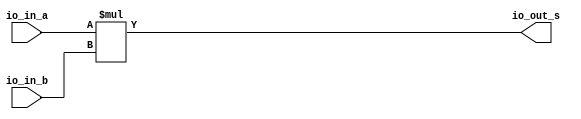
module multiplier(
  input  [23:0] io_in_a,
  input  [23:0] io_in_b,
  output [47:0] io_out_s
);
  assign io_out_s = io_in_a * io_in_b; // @[BinaryDesigns.scala 81:23]
endmodule
module full_subber(
  input  [7:0] io_in_a,
  input  [7:0] io_in_b,
  output [7:0] io_out_s,
  output       io_out_c
);
  wire [8:0] _result_T = io_in_a - io_in_b; // @[BinaryDesigns.scala 69:23]
  wire [9:0] _result_T_2 = _result_T - 9'h0; // @[BinaryDesigns.scala 69:34]
  wire [8:0] result = _result_T_2[8:0]; // @[BinaryDesigns.scala 68:22 69:12]
  assign io_out_s = result[7:0]; // @[BinaryDesigns.scala 70:23]
  assign io_out_c = result[8]; // @[BinaryDesigns.scala 71:23]
endmodule
module twoscomplement(
  input  [7:0] io_in,
  output [7:0] io_out
);
  wire [7:0] _x_T = ~io_in; // @[BinaryDesigns.scala 25:16]
  assign io_out = 8'h1 + _x_T; // @[BinaryDesigns.scala 25:14]
endmodule
module full_adder(
  input  [7:0] io_in_a,
  input  [7:0] io_in_b,
  output [7:0] io_out_s
);
  wire [8:0] _result_T = io_in_a + io_in_b; // @[BinaryDesigns.scala 55:23]
  wire [9:0] _result_T_1 = {{1'd0}, _result_T}; // @[BinaryDesigns.scala 55:34]
  wire [8:0] result = _result_T_1[8:0]; // @[BinaryDesigns.scala 54:22 55:12]
  assign io_out_s = result[7:0]; // @[BinaryDesigns.scala 56:23]
endmodule
module FP_multiplier(
  input         clock,
  input         reset,
  input  [31:0] io_in_a,
  input  [31:0] io_in_b,
  output [31:0] io_out_s
);
`ifdef RANDOMIZE_REG_INIT
  reg [31:0] _RAND_0;
`endif // RANDOMIZE_REG_INIT
  wire [23:0] multiplier_io_in_a; // @[FloatingPointDesigns.scala 289:28]
  wire [23:0] multiplier_io_in_b; // @[FloatingPointDesigns.scala 289:28]
  wire [47:0] multiplier_io_out_s; // @[FloatingPointDesigns.scala 289:28]
  wire [7:0] subber_io_in_a; // @[FloatingPointDesigns.scala 294:24]
  wire [7:0] subber_io_in_b; // @[FloatingPointDesigns.scala 294:24]
  wire [7:0] subber_io_out_s; // @[FloatingPointDesigns.scala 294:24]
  wire  subber_io_out_c; // @[FloatingPointDesigns.scala 294:24]
  wire [7:0] complementN_io_in; // @[FloatingPointDesigns.scala 300:29]
  wire [7:0] complementN_io_out; // @[FloatingPointDesigns.scala 300:29]
  wire [7:0] adderN_io_in_a; // @[FloatingPointDesigns.scala 304:24]
  wire [7:0] adderN_io_in_b; // @[FloatingPointDesigns.scala 304:24]
  wire [7:0] adderN_io_out_s; // @[FloatingPointDesigns.scala 304:24]
  wire  s_0 = io_in_a[31]; // @[FloatingPointDesigns.scala 254:20]
  wire  s_1 = io_in_b[31]; // @[FloatingPointDesigns.scala 255:20]
  wire [8:0] _T_2 = 9'h100 - 9'h2; // @[FloatingPointDesigns.scala 259:62]
  wire [8:0] _GEN_13 = {{1'd0}, io_in_a[30:23]}; // @[FloatingPointDesigns.scala 259:34]
  wire [8:0] _GEN_0 = _GEN_13 > _T_2 ? _T_2 : {{1'd0}, io_in_a[30:23]}; // @[FloatingPointDesigns.scala 259:68 260:14 262:14]
  wire [8:0] _GEN_14 = {{1'd0}, io_in_b[30:23]}; // @[FloatingPointDesigns.scala 264:34]
  wire [8:0] _GEN_1 = _GEN_14 > _T_2 ? _T_2 : {{1'd0}, io_in_b[30:23]}; // @[FloatingPointDesigns.scala 264:68 265:14 267:14]
  wire [22:0] exp_check_0 = {{15'd0}, io_in_a[30:23]}; // @[FloatingPointDesigns.scala 270:25 271:18]
  wire [22:0] _cond_holder_T_1 = exp_check_0 + 23'h1; // @[FloatingPointDesigns.scala 275:34]
  wire [22:0] exp_check_1 = {{15'd0}, io_in_b[30:23]}; // @[FloatingPointDesigns.scala 270:25 272:18]
  wire [22:0] _cond_holder_T_3 = 23'h7f - exp_check_1; // @[FloatingPointDesigns.scala 275:80]
  wire [22:0] _cond_holder_T_4 = ~_cond_holder_T_3; // @[FloatingPointDesigns.scala 275:42]
  wire [22:0] _cond_holder_T_6 = _cond_holder_T_1 + _cond_holder_T_4; // @[FloatingPointDesigns.scala 275:40]
  wire [22:0] frac_0 = io_in_a[22:0]; // @[FloatingPointDesigns.scala 279:23]
  wire [22:0] frac_1 = io_in_b[22:0]; // @[FloatingPointDesigns.scala 280:23]
  wire  new_s = s_0 ^ s_1; // @[FloatingPointDesigns.scala 311:19]
  wire [7:0] _new_exp_T_1 = adderN_io_out_s + 8'h1; // @[FloatingPointDesigns.scala 322:34]
  wire [22:0] _cond_holder_T_8 = exp_check_0 + 23'h2; // @[FloatingPointDesigns.scala 324:36]
  wire [22:0] _cond_holder_T_13 = _cond_holder_T_8 + _cond_holder_T_4; // @[FloatingPointDesigns.scala 324:42]
  wire [23:0] _new_mant_T_2 = {multiplier_io_out_s[46:24], 1'h0}; // @[FloatingPointDesigns.scala 330:73]
  wire [7:0] _GEN_2 = multiplier_io_out_s[47] ? _new_exp_T_1 : adderN_io_out_s; // @[FloatingPointDesigns.scala 321:60 322:15 327:15]
  wire [22:0] cond_holder = multiplier_io_out_s[47] ? _cond_holder_T_13 : _cond_holder_T_6; // @[FloatingPointDesigns.scala 321:60 324:19 329:19]
  wire [23:0] _GEN_5 = multiplier_io_out_s[47] ? {{1'd0}, multiplier_io_out_s[46:24]} : _new_mant_T_2; // @[FloatingPointDesigns.scala 321:60 325:16 330:16]
  reg [31:0] reg_out_s; // @[FloatingPointDesigns.scala 332:28]
  wire [22:0] _T_12 = ~cond_holder; // @[FloatingPointDesigns.scala 334:51]
  wire [22:0] _T_14 = 23'h1 + _T_12; // @[FloatingPointDesigns.scala 334:49]
  wire [22:0] _GEN_15 = {{14'd0}, _T_2}; // @[FloatingPointDesigns.scala 334:42]
  wire [8:0] _GEN_6 = cond_holder > _GEN_15 ? _T_2 : {{1'd0}, _GEN_2}; // @[FloatingPointDesigns.scala 339:63 340:17]
  wire [8:0] _GEN_9 = _GEN_15 >= _T_14 ? 9'h1 : _GEN_6; // @[FloatingPointDesigns.scala 334:67 335:15]
  wire [7:0] new_exp = _GEN_9[7:0]; // @[FloatingPointDesigns.scala 314:23]
  wire [23:0] _new_mant_T_4 = 24'h800000 - 24'h1; // @[FloatingPointDesigns.scala 341:47]
  wire [23:0] _GEN_7 = cond_holder > _GEN_15 ? _new_mant_T_4 : _GEN_5; // @[FloatingPointDesigns.scala 339:63 341:18]
  wire [23:0] _GEN_10 = _GEN_15 >= _T_14 ? 24'h400000 : _GEN_7; // @[FloatingPointDesigns.scala 334:67 336:16]
  wire [22:0] new_mant = _GEN_10[22:0]; // @[FloatingPointDesigns.scala 316:24]
  wire [31:0] _reg_out_s_T_1 = {new_s,new_exp,new_mant}; // @[FloatingPointDesigns.scala 337:37]
  wire [7:0] exp_0 = _GEN_0[7:0]; // @[FloatingPointDesigns.scala 258:19]
  wire [7:0] exp_1 = _GEN_1[7:0]; // @[FloatingPointDesigns.scala 258:19]
  multiplier multiplier ( // @[FloatingPointDesigns.scala 289:28]
    .io_in_a(multiplier_io_in_a),
    .io_in_b(multiplier_io_in_b),
    .io_out_s(multiplier_io_out_s)
  );
  full_subber subber ( // @[FloatingPointDesigns.scala 294:24]
    .io_in_a(subber_io_in_a),
    .io_in_b(subber_io_in_b),
    .io_out_s(subber_io_out_s),
    .io_out_c(subber_io_out_c)
  );
  twoscomplement complementN ( // @[FloatingPointDesigns.scala 300:29]
    .io_in(complementN_io_in),
    .io_out(complementN_io_out)
  );
  full_adder adderN ( // @[FloatingPointDesigns.scala 304:24]
    .io_in_a(adderN_io_in_a),
    .io_in_b(adderN_io_in_b),
    .io_out_s(adderN_io_out_s)
  );
  assign io_out_s = reg_out_s; // @[FloatingPointDesigns.scala 349:14]
  assign multiplier_io_in_a = {1'h1,frac_0}; // @[FloatingPointDesigns.scala 284:24]
  assign multiplier_io_in_b = {1'h1,frac_1}; // @[FloatingPointDesigns.scala 285:24]
  assign subber_io_in_a = 8'h7f; // @[FloatingPointDesigns.scala 295:20]
  assign subber_io_in_b = _GEN_1[7:0]; // @[FloatingPointDesigns.scala 258:19]
  assign complementN_io_in = subber_io_out_s; // @[FloatingPointDesigns.scala 301:23]
  assign adderN_io_in_a = _GEN_0[7:0]; // @[FloatingPointDesigns.scala 258:19]
  assign adderN_io_in_b = complementN_io_out; // @[FloatingPointDesigns.scala 306:20]
  always @(posedge clock) begin
    if (reset) begin // @[FloatingPointDesigns.scala 332:28]
      reg_out_s <= 32'h0; // @[FloatingPointDesigns.scala 332:28]
    end else if (exp_0 == 8'h0 | exp_1 == 8'h0) begin // @[FloatingPointDesigns.scala 344:43]
      reg_out_s <= 32'h0; // @[FloatingPointDesigns.scala 345:17]
    end else begin
      reg_out_s <= _reg_out_s_T_1; // @[FloatingPointDesigns.scala 347:17]
    end
  end
// Register and memory initialization
`ifdef RANDOMIZE_GARBAGE_ASSIGN
`define RANDOMIZE
`endif
`ifdef RANDOMIZE_INVALID_ASSIGN
`define RANDOMIZE
`endif
`ifdef RANDOMIZE_REG_INIT
`define RANDOMIZE
`endif
`ifdef RANDOMIZE_MEM_INIT
`define RANDOMIZE
`endif
`ifndef RANDOM
`define RANDOM $random
`endif
`ifdef RANDOMIZE_MEM_INIT
  integer initvar;
`endif
`ifndef SYNTHESIS
`ifdef FIRRTL_BEFORE_INITIAL
`FIRRTL_BEFORE_INITIAL
`endif
initial begin
  `ifdef RANDOMIZE
    `ifdef INIT_RANDOM
      `INIT_RANDOM
    `endif
    `ifndef VERILATOR
      `ifdef RANDOMIZE_DELAY
        #`RANDOMIZE_DELAY begin end
      `else
        #0.002 begin end
      `endif
    `endif
`ifdef RANDOMIZE_REG_INIT
  _RAND_0 = {1{`RANDOM}};
  reg_out_s = _RAND_0[31:0];
`endif // RANDOMIZE_REG_INIT
  `endif // RANDOMIZE
end // initial
`ifdef FIRRTL_AFTER_INITIAL
`FIRRTL_AFTER_INITIAL
`endif
`endif // SYNTHESIS
endmodule
module full_adder_2(
  input  [23:0] io_in_a,
  input  [23:0] io_in_b,
  output [23:0] io_out_s,
  output        io_out_c
);
  wire [24:0] _result_T = io_in_a + io_in_b; // @[BinaryDesigns.scala 55:23]
  wire [25:0] _result_T_1 = {{1'd0}, _result_T}; // @[BinaryDesigns.scala 55:34]
  wire [24:0] result = _result_T_1[24:0]; // @[BinaryDesigns.scala 54:22 55:12]
  assign io_out_s = result[23:0]; // @[BinaryDesigns.scala 56:23]
  assign io_out_c = result[24]; // @[BinaryDesigns.scala 57:23]
endmodule
module twoscomplement_3(
  input  [23:0] io_in,
  output [23:0] io_out
);
  wire [23:0] _x_T = ~io_in; // @[BinaryDesigns.scala 25:16]
  assign io_out = 24'h1 + _x_T; // @[BinaryDesigns.scala 25:14]
endmodule
module shifter(
  input  [23:0] io_in_a,
  input  [4:0]  io_in_b,
  output [23:0] io_out_s
);
  wire [23:0] _result_T = io_in_a >> io_in_b; // @[BinaryDesigns.scala 39:25]
  wire [54:0] _GEN_0 = {{31'd0}, _result_T}; // @[BinaryDesigns.scala 38:26 39:14 41:14]
  assign io_out_s = _GEN_0[23:0]; // @[BinaryDesigns.scala 36:22]
endmodule
module leadingOneDetector(
  input  [23:0] io_in,
  output [4:0]  io_out
);
  wire [1:0] _hotValue_T = io_in[1] ? 2'h2 : 2'h1; // @[Mux.scala 47:70]
  wire [1:0] _hotValue_T_1 = io_in[2] ? 2'h3 : _hotValue_T; // @[Mux.scala 47:70]
  wire [2:0] _hotValue_T_2 = io_in[3] ? 3'h4 : {{1'd0}, _hotValue_T_1}; // @[Mux.scala 47:70]
  wire [2:0] _hotValue_T_3 = io_in[4] ? 3'h5 : _hotValue_T_2; // @[Mux.scala 47:70]
  wire [2:0] _hotValue_T_4 = io_in[5] ? 3'h6 : _hotValue_T_3; // @[Mux.scala 47:70]
  wire [2:0] _hotValue_T_5 = io_in[6] ? 3'h7 : _hotValue_T_4; // @[Mux.scala 47:70]
  wire [3:0] _hotValue_T_6 = io_in[7] ? 4'h8 : {{1'd0}, _hotValue_T_5}; // @[Mux.scala 47:70]
  wire [3:0] _hotValue_T_7 = io_in[8] ? 4'h9 : _hotValue_T_6; // @[Mux.scala 47:70]
  wire [3:0] _hotValue_T_8 = io_in[9] ? 4'ha : _hotValue_T_7; // @[Mux.scala 47:70]
  wire [3:0] _hotValue_T_9 = io_in[10] ? 4'hb : _hotValue_T_8; // @[Mux.scala 47:70]
  wire [3:0] _hotValue_T_10 = io_in[11] ? 4'hc : _hotValue_T_9; // @[Mux.scala 47:70]
  wire [3:0] _hotValue_T_11 = io_in[12] ? 4'hd : _hotValue_T_10; // @[Mux.scala 47:70]
  wire [3:0] _hotValue_T_12 = io_in[13] ? 4'he : _hotValue_T_11; // @[Mux.scala 47:70]
  wire [3:0] _hotValue_T_13 = io_in[14] ? 4'hf : _hotValue_T_12; // @[Mux.scala 47:70]
  wire [4:0] _hotValue_T_14 = io_in[15] ? 5'h10 : {{1'd0}, _hotValue_T_13}; // @[Mux.scala 47:70]
  wire [4:0] _hotValue_T_15 = io_in[16] ? 5'h11 : _hotValue_T_14; // @[Mux.scala 47:70]
  wire [4:0] _hotValue_T_16 = io_in[17] ? 5'h12 : _hotValue_T_15; // @[Mux.scala 47:70]
  wire [4:0] _hotValue_T_17 = io_in[18] ? 5'h13 : _hotValue_T_16; // @[Mux.scala 47:70]
  wire [4:0] _hotValue_T_18 = io_in[19] ? 5'h14 : _hotValue_T_17; // @[Mux.scala 47:70]
  wire [4:0] _hotValue_T_19 = io_in[20] ? 5'h15 : _hotValue_T_18; // @[Mux.scala 47:70]
  wire [4:0] _hotValue_T_20 = io_in[21] ? 5'h16 : _hotValue_T_19; // @[Mux.scala 47:70]
  wire [4:0] _hotValue_T_21 = io_in[22] ? 5'h17 : _hotValue_T_20; // @[Mux.scala 47:70]
  assign io_out = io_in[23] ? 5'h18 : _hotValue_T_21; // @[Mux.scala 47:70]
endmodule
module FP_adder(
  input         clock,
  input         reset,
  input  [31:0] io_in_b,
  output [31:0] io_out_s
);
`ifdef RANDOMIZE_REG_INIT
  reg [31:0] _RAND_0;
`endif // RANDOMIZE_REG_INIT
  wire [7:0] subber_io_in_a; // @[FloatingPointDesigns.scala 78:24]
  wire [7:0] subber_io_in_b; // @[FloatingPointDesigns.scala 78:24]
  wire [7:0] subber_io_out_s; // @[FloatingPointDesigns.scala 78:24]
  wire  subber_io_out_c; // @[FloatingPointDesigns.scala 78:24]
  wire [7:0] complement_io_in; // @[FloatingPointDesigns.scala 84:28]
  wire [7:0] complement_io_out; // @[FloatingPointDesigns.scala 84:28]
  wire [23:0] adder_io_in_a; // @[FloatingPointDesigns.scala 88:23]
  wire [23:0] adder_io_in_b; // @[FloatingPointDesigns.scala 88:23]
  wire [23:0] adder_io_out_s; // @[FloatingPointDesigns.scala 88:23]
  wire  adder_io_out_c; // @[FloatingPointDesigns.scala 88:23]
  wire [23:0] complementN_0_io_in; // @[FloatingPointDesigns.scala 94:31]
  wire [23:0] complementN_0_io_out; // @[FloatingPointDesigns.scala 94:31]
  wire [23:0] complementN_1_io_in; // @[FloatingPointDesigns.scala 96:31]
  wire [23:0] complementN_1_io_out; // @[FloatingPointDesigns.scala 96:31]
  wire [23:0] shifter_io_in_a; // @[FloatingPointDesigns.scala 100:25]
  wire [4:0] shifter_io_in_b; // @[FloatingPointDesigns.scala 100:25]
  wire [23:0] shifter_io_out_s; // @[FloatingPointDesigns.scala 100:25]
  wire [23:0] complementN_2_io_in; // @[FloatingPointDesigns.scala 145:31]
  wire [23:0] complementN_2_io_out; // @[FloatingPointDesigns.scala 145:31]
  wire [23:0] leadingOneFinder_io_in; // @[FloatingPointDesigns.scala 165:34]
  wire [4:0] leadingOneFinder_io_out; // @[FloatingPointDesigns.scala 165:34]
  wire [7:0] subber2_io_in_a; // @[FloatingPointDesigns.scala 167:25]
  wire [7:0] subber2_io_in_b; // @[FloatingPointDesigns.scala 167:25]
  wire [7:0] subber2_io_out_s; // @[FloatingPointDesigns.scala 167:25]
  wire  subber2_io_out_c; // @[FloatingPointDesigns.scala 167:25]
  wire  sign_1 = io_in_b[31]; // @[FloatingPointDesigns.scala 41:23]
  wire [8:0] _T_2 = 9'h100 - 9'h2; // @[FloatingPointDesigns.scala 45:62]
  wire [8:0] _GEN_0 = 9'h7f > _T_2 ? _T_2 : 9'h7f; // @[FloatingPointDesigns.scala 45:68 46:14 48:14]
  wire [8:0] _GEN_31 = {{1'd0}, io_in_b[30:23]}; // @[FloatingPointDesigns.scala 50:34]
  wire [8:0] _GEN_1 = _GEN_31 > _T_2 ? _T_2 : {{1'd0}, io_in_b[30:23]}; // @[FloatingPointDesigns.scala 50:68 51:14 53:14]
  wire [22:0] frac_1 = io_in_b[22:0]; // @[FloatingPointDesigns.scala 59:23]
  wire [23:0] whole_frac_1 = {1'h1,frac_1}; // @[FloatingPointDesigns.scala 64:26]
  wire [7:0] exp_1 = _GEN_1[7:0]; // @[FloatingPointDesigns.scala 44:19]
  wire [7:0] exp_0 = _GEN_0[7:0]; // @[FloatingPointDesigns.scala 44:19]
  wire [7:0] out_exp = subber_io_out_c ? exp_1 : exp_0; // @[FloatingPointDesigns.scala 106:34 107:15 117:15]
  wire [7:0] sub_exp = subber_io_out_c ? complement_io_out : subber_io_out_s; // @[FloatingPointDesigns.scala 106:34 108:15 118:15]
  wire  out_s = subber_io_out_c & sign_1; // @[FloatingPointDesigns.scala 106:34 109:13 119:13]
  wire [22:0] out_frac = subber_io_out_c ? frac_1 : 23'h400000; // @[FloatingPointDesigns.scala 106:34 110:16 120:16]
  wire [23:0] _GEN_9 = subber_io_out_c ? whole_frac_1 : shifter_io_out_s; // @[FloatingPointDesigns.scala 106:34 90:19 124:21]
  wire  _T_10 = ~sign_1; // @[FloatingPointDesigns.scala 129:37]
  wire  _new_s_T = ~adder_io_out_c; // @[FloatingPointDesigns.scala 140:15]
  wire  D = _new_s_T | sign_1; // @[FloatingPointDesigns.scala 153:28]
  wire  E = _new_s_T & ~adder_io_out_s[23] | _new_s_T & _T_10 | adder_io_out_c & adder_io_out_s[23] & sign_1; // @[FloatingPointDesigns.scala 156:99]
  wire  new_s = sub_exp >= 8'h17 ? out_s : ~adder_io_out_c & sign_1; // @[FloatingPointDesigns.scala 140:11 175:39 176:13]
  wire [23:0] adder_result = new_s & sign_1 ? complementN_2_io_out : adder_io_out_s; // @[FloatingPointDesigns.scala 159:18 160:47 161:20]
  wire [4:0] _subber2_io_in_b_T_1 = 5'h18 - leadingOneFinder_io_out; // @[FloatingPointDesigns.scala 169:42]
  wire [8:0] _GEN_32 = {{1'd0}, out_exp}; // @[FloatingPointDesigns.scala 183:20]
  wire [23:0] _new_out_frac_T_2 = 24'h800000 - 24'h1; // @[FloatingPointDesigns.scala 185:51]
  wire [7:0] _new_out_exp_T_3 = out_exp + 8'h1; // @[FloatingPointDesigns.scala 187:32]
  wire [8:0] _GEN_13 = _GEN_32 == _T_2 ? _T_2 : {{1'd0}, _new_out_exp_T_3}; // @[FloatingPointDesigns.scala 183:56 184:21 187:21]
  wire [23:0] _GEN_14 = _GEN_32 == _T_2 ? _new_out_frac_T_2 : {{1'd0}, adder_result[23:1]}; // @[FloatingPointDesigns.scala 183:56 185:22 188:22]
  wire [53:0] _GEN_2 = {{31'd0}, adder_result[22:0]}; // @[FloatingPointDesigns.scala 199:57]
  wire [53:0] _new_out_frac_T_7 = _GEN_2 << _subber2_io_in_b_T_1; // @[FloatingPointDesigns.scala 199:57]
  wire [7:0] _GEN_15 = subber2_io_out_c ? 8'h1 : subber2_io_out_s; // @[FloatingPointDesigns.scala 194:39 195:23 198:23]
  wire [53:0] _GEN_16 = subber2_io_out_c ? 54'h400000 : _new_out_frac_T_7; // @[FloatingPointDesigns.scala 194:39 196:24 199:24]
  wire [7:0] _GEN_17 = leadingOneFinder_io_out == 5'h1 & adder_result == 24'h0 & (sign_1 & 31'h3fc00000 == io_in_b[30:0]
    ) ? 8'h0 : _GEN_15; // @[FloatingPointDesigns.scala 191:141 192:21]
  wire [53:0] _GEN_18 = leadingOneFinder_io_out == 5'h1 & adder_result == 24'h0 & (sign_1 & 31'h3fc00000 == io_in_b[30:0
    ]) ? 54'h0 : _GEN_16; // @[FloatingPointDesigns.scala 191:141 141:18]
  wire [7:0] _GEN_19 = D ? _GEN_17 : 8'h0; // @[FloatingPointDesigns.scala 142:17 190:26]
  wire [53:0] _GEN_20 = D ? _GEN_18 : 54'h0; // @[FloatingPointDesigns.scala 141:18 190:26]
  wire [8:0] _GEN_21 = ~D ? _GEN_13 : {{1'd0}, _GEN_19}; // @[FloatingPointDesigns.scala 182:26]
  wire [53:0] _GEN_22 = ~D ? {{30'd0}, _GEN_14} : _GEN_20; // @[FloatingPointDesigns.scala 182:26]
  wire [8:0] _GEN_23 = E ? {{1'd0}, out_exp} : _GEN_21; // @[FloatingPointDesigns.scala 179:26 180:19]
  wire [53:0] _GEN_24 = E ? {{31'd0}, adder_result[22:0]} : _GEN_22; // @[FloatingPointDesigns.scala 179:26 181:20]
  wire [53:0] _GEN_26 = sub_exp >= 8'h17 ? {{31'd0}, out_frac} : _GEN_24; // @[FloatingPointDesigns.scala 175:39 177:20]
  wire [8:0] _GEN_27 = sub_exp >= 8'h17 ? {{1'd0}, out_exp} : _GEN_23; // @[FloatingPointDesigns.scala 175:39 178:19]
  reg [31:0] reg_out_s; // @[FloatingPointDesigns.scala 203:28]
  wire [7:0] new_out_exp = _GEN_27[7:0]; // @[FloatingPointDesigns.scala 139:27]
  wire [22:0] new_out_frac = _GEN_26[22:0]; // @[FloatingPointDesigns.scala 138:28]
  wire [31:0] _reg_out_s_T_1 = {new_s,new_out_exp,new_out_frac}; // @[FloatingPointDesigns.scala 205:39]
  full_subber subber ( // @[FloatingPointDesigns.scala 78:24]
    .io_in_a(subber_io_in_a),
    .io_in_b(subber_io_in_b),
    .io_out_s(subber_io_out_s),
    .io_out_c(subber_io_out_c)
  );
  twoscomplement complement ( // @[FloatingPointDesigns.scala 84:28]
    .io_in(complement_io_in),
    .io_out(complement_io_out)
  );
  full_adder_2 adder ( // @[FloatingPointDesigns.scala 88:23]
    .io_in_a(adder_io_in_a),
    .io_in_b(adder_io_in_b),
    .io_out_s(adder_io_out_s),
    .io_out_c(adder_io_out_c)
  );
  twoscomplement_3 complementN_0 ( // @[FloatingPointDesigns.scala 94:31]
    .io_in(complementN_0_io_in),
    .io_out(complementN_0_io_out)
  );
  twoscomplement_3 complementN_1 ( // @[FloatingPointDesigns.scala 96:31]
    .io_in(complementN_1_io_in),
    .io_out(complementN_1_io_out)
  );
  shifter shifter ( // @[FloatingPointDesigns.scala 100:25]
    .io_in_a(shifter_io_in_a),
    .io_in_b(shifter_io_in_b),
    .io_out_s(shifter_io_out_s)
  );
  twoscomplement_3 complementN_2 ( // @[FloatingPointDesigns.scala 145:31]
    .io_in(complementN_2_io_in),
    .io_out(complementN_2_io_out)
  );
  leadingOneDetector leadingOneFinder ( // @[FloatingPointDesigns.scala 165:34]
    .io_in(leadingOneFinder_io_in),
    .io_out(leadingOneFinder_io_out)
  );
  full_subber subber2 ( // @[FloatingPointDesigns.scala 167:25]
    .io_in_a(subber2_io_in_a),
    .io_in_b(subber2_io_in_b),
    .io_out_s(subber2_io_out_s),
    .io_out_c(subber2_io_out_c)
  );
  assign io_out_s = reg_out_s; // @[FloatingPointDesigns.scala 207:14]
  assign subber_io_in_a = _GEN_0[7:0]; // @[FloatingPointDesigns.scala 44:19]
  assign subber_io_in_b = _GEN_1[7:0]; // @[FloatingPointDesigns.scala 44:19]
  assign complement_io_in = subber_io_out_s; // @[FloatingPointDesigns.scala 85:22]
  assign adder_io_in_a = subber_io_out_c ? shifter_io_out_s : 24'hc00000; // @[FloatingPointDesigns.scala 106:34 114:21 89:19]
  assign adder_io_in_b = sign_1 ? complementN_1_io_out : _GEN_9; // @[FloatingPointDesigns.scala 133:45 134:21]
  assign complementN_0_io_in = subber_io_out_c ? shifter_io_out_s : 24'hc00000; // @[FloatingPointDesigns.scala 106:34 114:21 89:19]
  assign complementN_1_io_in = subber_io_out_c ? whole_frac_1 : shifter_io_out_s; // @[FloatingPointDesigns.scala 106:34 90:19 124:21]
  assign shifter_io_in_a = subber_io_out_c ? 24'hc00000 : whole_frac_1; // @[FloatingPointDesigns.scala 106:34 111:23 121:23]
  assign shifter_io_in_b = sub_exp[4:0];
  assign complementN_2_io_in = adder_io_out_s; // @[FloatingPointDesigns.scala 146:25]
  assign leadingOneFinder_io_in = new_s & sign_1 ? complementN_2_io_out : adder_io_out_s; // @[FloatingPointDesigns.scala 159:18 160:47 161:20]
  assign subber2_io_in_a = subber_io_out_c ? exp_1 : exp_0; // @[FloatingPointDesigns.scala 106:34 107:15 117:15]
  assign subber2_io_in_b = {{3'd0}, _subber2_io_in_b_T_1}; // @[FloatingPointDesigns.scala 169:21]
  always @(posedge clock) begin
    if (reset) begin // @[FloatingPointDesigns.scala 203:28]
      reg_out_s <= 32'h0; // @[FloatingPointDesigns.scala 203:28]
    end else begin
      reg_out_s <= _reg_out_s_T_1; // @[FloatingPointDesigns.scala 205:15]
    end
  end
// Register and memory initialization
`ifdef RANDOMIZE_GARBAGE_ASSIGN
`define RANDOMIZE
`endif
`ifdef RANDOMIZE_INVALID_ASSIGN
`define RANDOMIZE
`endif
`ifdef RANDOMIZE_REG_INIT
`define RANDOMIZE
`endif
`ifdef RANDOMIZE_MEM_INIT
`define RANDOMIZE
`endif
`ifndef RANDOM
`define RANDOM $random
`endif
`ifdef RANDOMIZE_MEM_INIT
  integer initvar;
`endif
`ifndef SYNTHESIS
`ifdef FIRRTL_BEFORE_INITIAL
`FIRRTL_BEFORE_INITIAL
`endif
initial begin
  `ifdef RANDOMIZE
    `ifdef INIT_RANDOM
      `INIT_RANDOM
    `endif
    `ifndef VERILATOR
      `ifdef RANDOMIZE_DELAY
        #`RANDOMIZE_DELAY begin end
      `else
        #0.002 begin end
      `endif
    `endif
`ifdef RANDOMIZE_REG_INIT
  _RAND_0 = {1{`RANDOM}};
  reg_out_s = _RAND_0[31:0];
`endif // RANDOMIZE_REG_INIT
  `endif // RANDOMIZE
end // initial
`ifdef FIRRTL_AFTER_INITIAL
`FIRRTL_AFTER_INITIAL
`endif
`endif // SYNTHESIS
endmodule
module FP_subber(
  input         clock,
  input         reset,
  input  [31:0] io_in_b,
  output [31:0] io_out_s
);
  wire  FP_adder_clock; // @[FloatingPointDesigns.scala 219:26]
  wire  FP_adder_reset; // @[FloatingPointDesigns.scala 219:26]
  wire [31:0] FP_adder_io_in_b; // @[FloatingPointDesigns.scala 219:26]
  wire [31:0] FP_adder_io_out_s; // @[FloatingPointDesigns.scala 219:26]
  wire  _adjusted_in_b_T_1 = ~io_in_b[31]; // @[FloatingPointDesigns.scala 222:23]
  FP_adder FP_adder ( // @[FloatingPointDesigns.scala 219:26]
    .clock(FP_adder_clock),
    .reset(FP_adder_reset),
    .io_in_b(FP_adder_io_in_b),
    .io_out_s(FP_adder_io_out_s)
  );
  assign io_out_s = FP_adder_io_out_s; // @[FloatingPointDesigns.scala 225:14]
  assign FP_adder_clock = clock;
  assign FP_adder_reset = reset;
  assign FP_adder_io_in_b = {_adjusted_in_b_T_1,io_in_b[30:0]}; // @[FloatingPointDesigns.scala 222:39]
endmodule
module FP_reciprocal(
  input         clock,
  input         reset,
  input  [31:0] io_in_a,
  output [31:0] io_out_s
);
`ifdef RANDOMIZE_REG_INIT
  reg [31:0] _RAND_0;
  reg [31:0] _RAND_1;
  reg [31:0] _RAND_2;
  reg [31:0] _RAND_3;
  reg [31:0] _RAND_4;
  reg [31:0] _RAND_5;
  reg [31:0] _RAND_6;
  reg [31:0] _RAND_7;
  reg [31:0] _RAND_8;
  reg [31:0] _RAND_9;
  reg [31:0] _RAND_10;
  reg [31:0] _RAND_11;
  reg [31:0] _RAND_12;
  reg [31:0] _RAND_13;
  reg [31:0] _RAND_14;
  reg [31:0] _RAND_15;
  reg [31:0] _RAND_16;
  reg [31:0] _RAND_17;
  reg [31:0] _RAND_18;
  reg [31:0] _RAND_19;
`endif // RANDOMIZE_REG_INIT
  wire  multiplier1_clock; // @[FloatingPointDesigns.scala 413:29]
  wire  multiplier1_reset; // @[FloatingPointDesigns.scala 413:29]
  wire [31:0] multiplier1_io_in_a; // @[FloatingPointDesigns.scala 413:29]
  wire [31:0] multiplier1_io_in_b; // @[FloatingPointDesigns.scala 413:29]
  wire [31:0] multiplier1_io_out_s; // @[FloatingPointDesigns.scala 413:29]
  wire  multiplier2_clock; // @[FloatingPointDesigns.scala 423:29]
  wire  multiplier2_reset; // @[FloatingPointDesigns.scala 423:29]
  wire [31:0] multiplier2_io_in_a; // @[FloatingPointDesigns.scala 423:29]
  wire [31:0] multiplier2_io_in_b; // @[FloatingPointDesigns.scala 423:29]
  wire [31:0] multiplier2_io_out_s; // @[FloatingPointDesigns.scala 423:29]
  wire  sub_clock; // @[FloatingPointDesigns.scala 434:21]
  wire  sub_reset; // @[FloatingPointDesigns.scala 434:21]
  wire [31:0] sub_io_in_b; // @[FloatingPointDesigns.scala 434:21]
  wire [31:0] sub_io_out_s; // @[FloatingPointDesigns.scala 434:21]
  wire  multiplier3_clock; // @[FloatingPointDesigns.scala 442:29]
  wire  multiplier3_reset; // @[FloatingPointDesigns.scala 442:29]
  wire [31:0] multiplier3_io_in_a; // @[FloatingPointDesigns.scala 442:29]
  wire [31:0] multiplier3_io_in_b; // @[FloatingPointDesigns.scala 442:29]
  wire [31:0] multiplier3_io_out_s; // @[FloatingPointDesigns.scala 442:29]
  wire  multiplier5_clock; // @[FloatingPointDesigns.scala 453:29]
  wire  multiplier5_reset; // @[FloatingPointDesigns.scala 453:29]
  wire [31:0] multiplier5_io_in_a; // @[FloatingPointDesigns.scala 453:29]
  wire [31:0] multiplier5_io_in_b; // @[FloatingPointDesigns.scala 453:29]
  wire [31:0] multiplier5_io_out_s; // @[FloatingPointDesigns.scala 453:29]
  wire  multiplier6_clock; // @[FloatingPointDesigns.scala 462:29]
  wire  multiplier6_reset; // @[FloatingPointDesigns.scala 462:29]
  wire [31:0] multiplier6_io_in_a; // @[FloatingPointDesigns.scala 462:29]
  wire [31:0] multiplier6_io_in_b; // @[FloatingPointDesigns.scala 462:29]
  wire [31:0] multiplier6_io_out_s; // @[FloatingPointDesigns.scala 462:29]
  wire  sub2_clock; // @[FloatingPointDesigns.scala 471:22]
  wire  sub2_reset; // @[FloatingPointDesigns.scala 471:22]
  wire [31:0] sub2_io_in_b; // @[FloatingPointDesigns.scala 471:22]
  wire [31:0] sub2_io_out_s; // @[FloatingPointDesigns.scala 471:22]
  wire  multiplier7_clock; // @[FloatingPointDesigns.scala 480:29]
  wire  multiplier7_reset; // @[FloatingPointDesigns.scala 480:29]
  wire [31:0] multiplier7_io_in_a; // @[FloatingPointDesigns.scala 480:29]
  wire [31:0] multiplier7_io_in_b; // @[FloatingPointDesigns.scala 480:29]
  wire [31:0] multiplier7_io_out_s; // @[FloatingPointDesigns.scala 480:29]
  wire  multiplier4_clock; // @[FloatingPointDesigns.scala 487:29]
  wire  multiplier4_reset; // @[FloatingPointDesigns.scala 487:29]
  wire [31:0] multiplier4_io_in_a; // @[FloatingPointDesigns.scala 487:29]
  wire [31:0] multiplier4_io_in_b; // @[FloatingPointDesigns.scala 487:29]
  wire [31:0] multiplier4_io_out_s; // @[FloatingPointDesigns.scala 487:29]
  wire [30:0] _number_T_1 = {{1'd0}, io_in_a[30:1]}; // @[FloatingPointDesigns.scala 390:36]
  wire [30:0] _GEN_0 = io_in_a[30:0] > 31'h7ef477d4 ? 31'h3f7a3bea : _number_T_1; // @[FloatingPointDesigns.scala 387:46 388:14 390:14]
  wire [31:0] number = {{1'd0}, _GEN_0}; // @[FloatingPointDesigns.scala 384:22]
  wire [31:0] result = 32'h5f3759df - number; // @[FloatingPointDesigns.scala 398:25]
  wire [7:0] exp = io_in_a[30:23] - 8'h1; // @[FloatingPointDesigns.scala 401:38]
  wire [31:0] half_input = {io_in_a[31],exp,io_in_a[22:0]}; // @[FloatingPointDesigns.scala 404:42]
  reg [31:0] half_input_reg_1; // @[FloatingPointDesigns.scala 406:35]
  reg [31:0] result_reg_1; // @[FloatingPointDesigns.scala 408:31]
  reg [31:0] input_reg_1; // @[FloatingPointDesigns.scala 410:30]
  reg [31:0] half_input_reg_2; // @[FloatingPointDesigns.scala 417:35]
  reg [31:0] result_reg_2; // @[FloatingPointDesigns.scala 419:31]
  reg [31:0] input_reg_2; // @[FloatingPointDesigns.scala 421:30]
  reg [31:0] half_input_reg_3; // @[FloatingPointDesigns.scala 428:35]
  reg [31:0] result_reg_3; // @[FloatingPointDesigns.scala 430:31]
  reg [31:0] input_reg_3; // @[FloatingPointDesigns.scala 432:30]
  reg [31:0] half_input_reg_4; // @[FloatingPointDesigns.scala 438:35]
  reg [31:0] input_reg_4; // @[FloatingPointDesigns.scala 440:30]
  reg [31:0] mult3_reg_1; // @[FloatingPointDesigns.scala 447:30]
  reg [31:0] half_input_reg_5; // @[FloatingPointDesigns.scala 449:35]
  reg [31:0] input_reg_5; // @[FloatingPointDesigns.scala 451:30]
  reg [31:0] mult3_reg_2; // @[FloatingPointDesigns.scala 458:30]
  reg [31:0] input_reg_6; // @[FloatingPointDesigns.scala 460:30]
  reg [31:0] mult3_reg_3; // @[FloatingPointDesigns.scala 467:30]
  reg [31:0] input_reg_7; // @[FloatingPointDesigns.scala 469:30]
  reg [31:0] input_reg_8; // @[FloatingPointDesigns.scala 478:30]
  reg [31:0] input_reg_9; // @[FloatingPointDesigns.scala 484:30]
  FP_multiplier multiplier1 ( // @[FloatingPointDesigns.scala 413:29]
    .clock(multiplier1_clock),
    .reset(multiplier1_reset),
    .io_in_a(multiplier1_io_in_a),
    .io_in_b(multiplier1_io_in_b),
    .io_out_s(multiplier1_io_out_s)
  );
  FP_multiplier multiplier2 ( // @[FloatingPointDesigns.scala 423:29]
    .clock(multiplier2_clock),
    .reset(multiplier2_reset),
    .io_in_a(multiplier2_io_in_a),
    .io_in_b(multiplier2_io_in_b),
    .io_out_s(multiplier2_io_out_s)
  );
  FP_subber sub ( // @[FloatingPointDesigns.scala 434:21]
    .clock(sub_clock),
    .reset(sub_reset),
    .io_in_b(sub_io_in_b),
    .io_out_s(sub_io_out_s)
  );
  FP_multiplier multiplier3 ( // @[FloatingPointDesigns.scala 442:29]
    .clock(multiplier3_clock),
    .reset(multiplier3_reset),
    .io_in_a(multiplier3_io_in_a),
    .io_in_b(multiplier3_io_in_b),
    .io_out_s(multiplier3_io_out_s)
  );
  FP_multiplier multiplier5 ( // @[FloatingPointDesigns.scala 453:29]
    .clock(multiplier5_clock),
    .reset(multiplier5_reset),
    .io_in_a(multiplier5_io_in_a),
    .io_in_b(multiplier5_io_in_b),
    .io_out_s(multiplier5_io_out_s)
  );
  FP_multiplier multiplier6 ( // @[FloatingPointDesigns.scala 462:29]
    .clock(multiplier6_clock),
    .reset(multiplier6_reset),
    .io_in_a(multiplier6_io_in_a),
    .io_in_b(multiplier6_io_in_b),
    .io_out_s(multiplier6_io_out_s)
  );
  FP_subber sub2 ( // @[FloatingPointDesigns.scala 471:22]
    .clock(sub2_clock),
    .reset(sub2_reset),
    .io_in_b(sub2_io_in_b),
    .io_out_s(sub2_io_out_s)
  );
  FP_multiplier multiplier7 ( // @[FloatingPointDesigns.scala 480:29]
    .clock(multiplier7_clock),
    .reset(multiplier7_reset),
    .io_in_a(multiplier7_io_in_a),
    .io_in_b(multiplier7_io_in_b),
    .io_out_s(multiplier7_io_out_s)
  );
  FP_multiplier multiplier4 ( // @[FloatingPointDesigns.scala 487:29]
    .clock(multiplier4_clock),
    .reset(multiplier4_reset),
    .io_in_a(multiplier4_io_in_a),
    .io_in_b(multiplier4_io_in_b),
    .io_out_s(multiplier4_io_out_s)
  );
  assign io_out_s = {input_reg_9[31],multiplier4_io_out_s[30:0]}; // @[FloatingPointDesigns.scala 490:37]
  assign multiplier1_clock = clock;
  assign multiplier1_reset = reset;
  assign multiplier1_io_in_a = {1'h0,result[30:0]}; // @[FloatingPointDesigns.scala 414:37]
  assign multiplier1_io_in_b = {1'h0,result[30:0]}; // @[FloatingPointDesigns.scala 415:37]
  assign multiplier2_clock = clock;
  assign multiplier2_reset = reset;
  assign multiplier2_io_in_a = multiplier1_io_out_s; // @[FloatingPointDesigns.scala 424:25]
  assign multiplier2_io_in_b = {1'h0,half_input_reg_1[30:0]}; // @[FloatingPointDesigns.scala 425:37]
  assign sub_clock = clock;
  assign sub_reset = reset;
  assign sub_io_in_b = multiplier2_io_out_s; // @[FloatingPointDesigns.scala 436:17]
  assign multiplier3_clock = clock;
  assign multiplier3_reset = reset;
  assign multiplier3_io_in_a = sub_io_out_s; // @[FloatingPointDesigns.scala 443:25]
  assign multiplier3_io_in_b = {1'h0,result_reg_3[30:0]}; // @[FloatingPointDesigns.scala 444:37]
  assign multiplier5_clock = clock;
  assign multiplier5_reset = reset;
  assign multiplier5_io_in_a = {1'h0,multiplier3_io_out_s[30:0]}; // @[FloatingPointDesigns.scala 454:37]
  assign multiplier5_io_in_b = {1'h0,multiplier3_io_out_s[30:0]}; // @[FloatingPointDesigns.scala 455:37]
  assign multiplier6_clock = clock;
  assign multiplier6_reset = reset;
  assign multiplier6_io_in_a = multiplier5_io_out_s; // @[FloatingPointDesigns.scala 463:25]
  assign multiplier6_io_in_b = {1'h0,half_input_reg_5[30:0]}; // @[FloatingPointDesigns.scala 464:37]
  assign sub2_clock = clock;
  assign sub2_reset = reset;
  assign sub2_io_in_b = multiplier6_io_out_s; // @[FloatingPointDesigns.scala 473:18]
  assign multiplier7_clock = clock;
  assign multiplier7_reset = reset;
  assign multiplier7_io_in_a = sub2_io_out_s; // @[FloatingPointDesigns.scala 481:25]
  assign multiplier7_io_in_b = {1'h0,mult3_reg_3[30:0]}; // @[FloatingPointDesigns.scala 482:37]
  assign multiplier4_clock = clock;
  assign multiplier4_reset = reset;
  assign multiplier4_io_in_a = {1'h0,multiplier7_io_out_s[30:0]}; // @[FloatingPointDesigns.scala 488:37]
  assign multiplier4_io_in_b = {1'h0,multiplier7_io_out_s[30:0]}; // @[FloatingPointDesigns.scala 489:37]
  always @(posedge clock) begin
    if (reset) begin // @[FloatingPointDesigns.scala 406:35]
      half_input_reg_1 <= 32'h0; // @[FloatingPointDesigns.scala 406:35]
    end else begin
      half_input_reg_1 <= half_input; // @[FloatingPointDesigns.scala 407:22]
    end
    if (reset) begin // @[FloatingPointDesigns.scala 408:31]
      result_reg_1 <= 32'h0; // @[FloatingPointDesigns.scala 408:31]
    end else begin
      result_reg_1 <= result; // @[FloatingPointDesigns.scala 409:18]
    end
    if (reset) begin // @[FloatingPointDesigns.scala 410:30]
      input_reg_1 <= 32'h0; // @[FloatingPointDesigns.scala 410:30]
    end else begin
      input_reg_1 <= io_in_a; // @[FloatingPointDesigns.scala 411:17]
    end
    if (reset) begin // @[FloatingPointDesigns.scala 417:35]
      half_input_reg_2 <= 32'h0; // @[FloatingPointDesigns.scala 417:35]
    end else begin
      half_input_reg_2 <= half_input_reg_1; // @[FloatingPointDesigns.scala 418:22]
    end
    if (reset) begin // @[FloatingPointDesigns.scala 419:31]
      result_reg_2 <= 32'h0; // @[FloatingPointDesigns.scala 419:31]
    end else begin
      result_reg_2 <= result_reg_1; // @[FloatingPointDesigns.scala 420:18]
    end
    if (reset) begin // @[FloatingPointDesigns.scala 421:30]
      input_reg_2 <= 32'h0; // @[FloatingPointDesigns.scala 421:30]
    end else begin
      input_reg_2 <= input_reg_1; // @[FloatingPointDesigns.scala 422:17]
    end
    if (reset) begin // @[FloatingPointDesigns.scala 428:35]
      half_input_reg_3 <= 32'h0; // @[FloatingPointDesigns.scala 428:35]
    end else begin
      half_input_reg_3 <= half_input_reg_2; // @[FloatingPointDesigns.scala 429:22]
    end
    if (reset) begin // @[FloatingPointDesigns.scala 430:31]
      result_reg_3 <= 32'h0; // @[FloatingPointDesigns.scala 430:31]
    end else begin
      result_reg_3 <= result_reg_2; // @[FloatingPointDesigns.scala 431:18]
    end
    if (reset) begin // @[FloatingPointDesigns.scala 432:30]
      input_reg_3 <= 32'h0; // @[FloatingPointDesigns.scala 432:30]
    end else begin
      input_reg_3 <= input_reg_2; // @[FloatingPointDesigns.scala 433:17]
    end
    if (reset) begin // @[FloatingPointDesigns.scala 438:35]
      half_input_reg_4 <= 32'h0; // @[FloatingPointDesigns.scala 438:35]
    end else begin
      half_input_reg_4 <= half_input_reg_3; // @[FloatingPointDesigns.scala 439:22]
    end
    if (reset) begin // @[FloatingPointDesigns.scala 440:30]
      input_reg_4 <= 32'h0; // @[FloatingPointDesigns.scala 440:30]
    end else begin
      input_reg_4 <= input_reg_3; // @[FloatingPointDesigns.scala 441:17]
    end
    if (reset) begin // @[FloatingPointDesigns.scala 447:30]
      mult3_reg_1 <= 32'h0; // @[FloatingPointDesigns.scala 447:30]
    end else begin
      mult3_reg_1 <= multiplier3_io_out_s; // @[FloatingPointDesigns.scala 448:17]
    end
    if (reset) begin // @[FloatingPointDesigns.scala 449:35]
      half_input_reg_5 <= 32'h0; // @[FloatingPointDesigns.scala 449:35]
    end else begin
      half_input_reg_5 <= half_input_reg_4; // @[FloatingPointDesigns.scala 450:22]
    end
    if (reset) begin // @[FloatingPointDesigns.scala 451:30]
      input_reg_5 <= 32'h0; // @[FloatingPointDesigns.scala 451:30]
    end else begin
      input_reg_5 <= input_reg_4; // @[FloatingPointDesigns.scala 452:17]
    end
    if (reset) begin // @[FloatingPointDesigns.scala 458:30]
      mult3_reg_2 <= 32'h0; // @[FloatingPointDesigns.scala 458:30]
    end else begin
      mult3_reg_2 <= mult3_reg_1; // @[FloatingPointDesigns.scala 459:17]
    end
    if (reset) begin // @[FloatingPointDesigns.scala 460:30]
      input_reg_6 <= 32'h0; // @[FloatingPointDesigns.scala 460:30]
    end else begin
      input_reg_6 <= input_reg_5; // @[FloatingPointDesigns.scala 461:17]
    end
    if (reset) begin // @[FloatingPointDesigns.scala 467:30]
      mult3_reg_3 <= 32'h0; // @[FloatingPointDesigns.scala 467:30]
    end else begin
      mult3_reg_3 <= mult3_reg_2; // @[FloatingPointDesigns.scala 468:17]
    end
    if (reset) begin // @[FloatingPointDesigns.scala 469:30]
      input_reg_7 <= 32'h0; // @[FloatingPointDesigns.scala 469:30]
    end else begin
      input_reg_7 <= input_reg_6; // @[FloatingPointDesigns.scala 470:17]
    end
    if (reset) begin // @[FloatingPointDesigns.scala 478:30]
      input_reg_8 <= 32'h0; // @[FloatingPointDesigns.scala 478:30]
    end else begin
      input_reg_8 <= input_reg_7; // @[FloatingPointDesigns.scala 479:17]
    end
    if (reset) begin // @[FloatingPointDesigns.scala 484:30]
      input_reg_9 <= 32'h0; // @[FloatingPointDesigns.scala 484:30]
    end else begin
      input_reg_9 <= input_reg_8; // @[FloatingPointDesigns.scala 485:17]
    end
  end
// Register and memory initialization
`ifdef RANDOMIZE_GARBAGE_ASSIGN
`define RANDOMIZE
`endif
`ifdef RANDOMIZE_INVALID_ASSIGN
`define RANDOMIZE
`endif
`ifdef RANDOMIZE_REG_INIT
`define RANDOMIZE
`endif
`ifdef RANDOMIZE_MEM_INIT
`define RANDOMIZE
`endif
`ifndef RANDOM
`define RANDOM $random
`endif
`ifdef RANDOMIZE_MEM_INIT
  integer initvar;
`endif
`ifndef SYNTHESIS
`ifdef FIRRTL_BEFORE_INITIAL
`FIRRTL_BEFORE_INITIAL
`endif
initial begin
  `ifdef RANDOMIZE
    `ifdef INIT_RANDOM
      `INIT_RANDOM
    `endif
    `ifndef VERILATOR
      `ifdef RANDOMIZE_DELAY
        #`RANDOMIZE_DELAY begin end
      `else
        #0.002 begin end
      `endif
    `endif
`ifdef RANDOMIZE_REG_INIT
  _RAND_0 = {1{`RANDOM}};
  half_input_reg_1 = _RAND_0[31:0];
  _RAND_1 = {1{`RANDOM}};
  result_reg_1 = _RAND_1[31:0];
  _RAND_2 = {1{`RANDOM}};
  input_reg_1 = _RAND_2[31:0];
  _RAND_3 = {1{`RANDOM}};
  half_input_reg_2 = _RAND_3[31:0];
  _RAND_4 = {1{`RANDOM}};
  result_reg_2 = _RAND_4[31:0];
  _RAND_5 = {1{`RANDOM}};
  input_reg_2 = _RAND_5[31:0];
  _RAND_6 = {1{`RANDOM}};
  half_input_reg_3 = _RAND_6[31:0];
  _RAND_7 = {1{`RANDOM}};
  result_reg_3 = _RAND_7[31:0];
  _RAND_8 = {1{`RANDOM}};
  input_reg_3 = _RAND_8[31:0];
  _RAND_9 = {1{`RANDOM}};
  half_input_reg_4 = _RAND_9[31:0];
  _RAND_10 = {1{`RANDOM}};
  input_reg_4 = _RAND_10[31:0];
  _RAND_11 = {1{`RANDOM}};
  mult3_reg_1 = _RAND_11[31:0];
  _RAND_12 = {1{`RANDOM}};
  half_input_reg_5 = _RAND_12[31:0];
  _RAND_13 = {1{`RANDOM}};
  input_reg_5 = _RAND_13[31:0];
  _RAND_14 = {1{`RANDOM}};
  mult3_reg_2 = _RAND_14[31:0];
  _RAND_15 = {1{`RANDOM}};
  input_reg_6 = _RAND_15[31:0];
  _RAND_16 = {1{`RANDOM}};
  mult3_reg_3 = _RAND_16[31:0];
  _RAND_17 = {1{`RANDOM}};
  input_reg_7 = _RAND_17[31:0];
  _RAND_18 = {1{`RANDOM}};
  input_reg_8 = _RAND_18[31:0];
  _RAND_19 = {1{`RANDOM}};
  input_reg_9 = _RAND_19[31:0];
`endif // RANDOMIZE_REG_INIT
  `endif // RANDOMIZE
end // initial
`ifdef FIRRTL_AFTER_INITIAL
`FIRRTL_AFTER_INITIAL
`endif
`endif // SYNTHESIS
endmodule